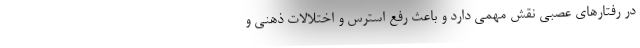
در رفتارهای عصبی نقش مهمی دارد و باعث رفع استرس و اختلالات ذهنی و